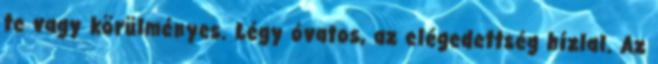
te vagy körülményes. Légy óvatos, az elégedettség hízlal. Az